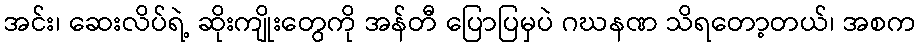
အင်း၊ ဆေးလိပ်ရဲ့ ဆိုးကျိုးတွေကို အန်တီ ပြောပြမှပဲ ဂဃနဏ သိရတော့တယ်၊ အစက